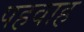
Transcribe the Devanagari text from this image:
पहवाह